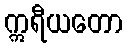
ဣရီယတော